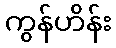
ကွန်ဟိန်း